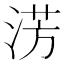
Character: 淓